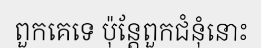
ពួកគេទេ ប៉ុន្តែពួកជំនុំនោះ